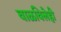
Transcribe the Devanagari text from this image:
वाळविलेही